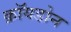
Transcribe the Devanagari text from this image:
क्रॉयडोन